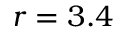
r = 3 . 4